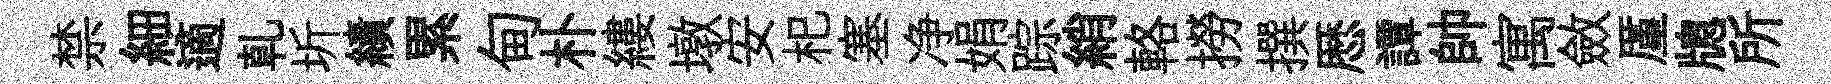
禁細適乹圻績累甸朴縷墩安𣏌塞净娟踪綃輅撈撰厯譚帥寓斂厪牕所